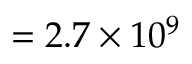
= 2 . 7 \times 1 0 ^ { 9 }